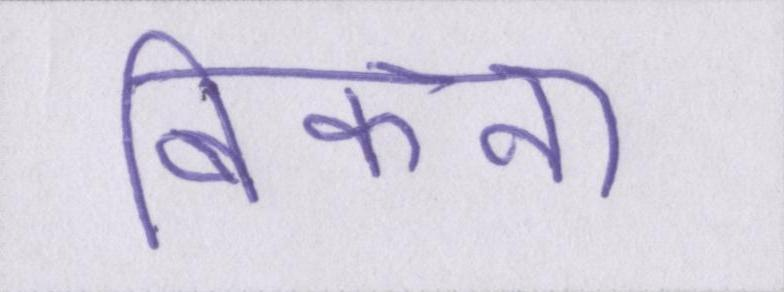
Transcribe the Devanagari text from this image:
बिकना